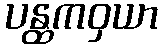
ပန္ထကဝှယာ